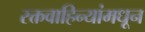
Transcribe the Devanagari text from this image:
रक्तवाहिन्यांमधून